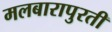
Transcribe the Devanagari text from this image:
मलबारापुरती